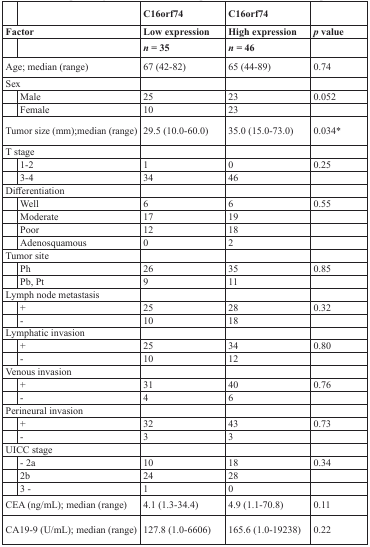
|  |  | C16orf74 | C16orf74 |  |
 | <COLSPAN=2> Factor | Low expression | High expression | p value |
 |  |  | n = 35 | n = 46 |  |
 | --- | --- | --- | --- | --- |
 | <COLSPAN=2> Age; median (range) | 67 (42-82) | 65 (44-89) | 0.74 |
 | <COLSPAN=2> Sex |  |  |  |
 |  | Male | 25 | 23 | 0.052 |
 |  | Female | 10 | 23 |  |
 | <COLSPAN=2> Tumor size (mm);median (range) | 29.5 (10.0-60.0) | 35.0 (15.0-73.0) | 0.034* |
 | <COLSPAN=2> T stage |  |  |  |
 |  | 1-2 | 1 | 0 | 0.25 |
 |  | 3-4 | 34 | 46 |  |
 | <COLSPAN=2> Differentiation |  |  |  |
 |  | Well | 6 | 6 | 0.55 |
 |  | Moderate | 17 | 19 |  |
 |  | Poor | 12 | 18 |  |
 |  | Adenosquamous | 0 | 2 |  |
 | <COLSPAN=2> Tumor site |  |  |  |
 |  | Ph | 26 | 35 | 0.85 |
 |  | Pb, Pt | 9 | 11 |  |
 | <COLSPAN=2> Lymph node metastasis |  |  |  |
 |  | + | 25 | 28 | 0.32 |
 |  | - | 10 | 18 |  |
 | <COLSPAN=2> Lymphatic invasion |  |  |  |
 |  | + | 25 | 34 | 0.80 |
 |  | - | 10 | 12 |  |
 | <COLSPAN=2> Venous invasion |  |  |  |
 |  | + | 31 | 40 | 0.76 |
 |  | - | 4 | 6 |  |
 | <COLSPAN=2> Perineural invasion |  |  |  |
 |  | + | 32 | 43 | 0.73 |
 |  | - | 3 | 3 |  |
 | <COLSPAN=2> UICC stage |  |  |  |
 |  | - 2a | 10 | 18 | 0.34 |
 |  | 2b | 24 | 28 |  |
 |  | 3 - | 1 | 0 |  |
 | <COLSPAN=2> CEA (ng/mL); median (range) | 4.1 (1.3-34.4) | 4.9 (1.1-70.8) | 0.11 |
 | <COLSPAN=2> CA19-9 (U/mL); median (range) | 127.8 (1.0-6606) | 165.6 (1.0-19238) | 0.22 |